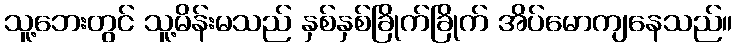
သူ့ဘေးတွင် သူ့မိန်းမသည် နှစ်နှစ်ခြိုက်ခြိုက် အိပ်မောကျနေသည်။